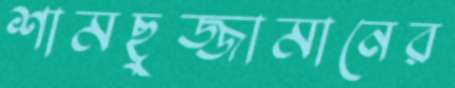
শামছুজ্জামানের